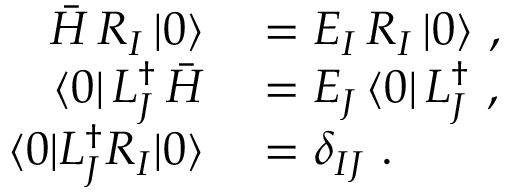
\begin{array} { r l } { \bar { H } \, R _ { I } \, | 0 \rangle } & { { } = E _ { I } \, R _ { I } \, | 0 \rangle ~ , } \\ { \langle 0 | \, L _ { J } ^ { \dagger } \, \bar { H } } & { { } = E _ { J } \, \langle 0 | \, L _ { J } ^ { \dagger } ~ , } \\ { \langle 0 | L _ { J } ^ { \dagger } R _ { I } | 0 \rangle } & { { } = \delta _ { I J } ~ . } \end{array}